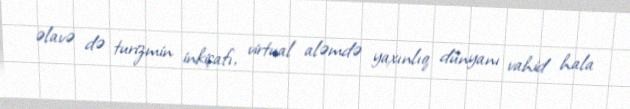
əlavə də turizmin inkişafı, virtual aləmdə yaxınlıq dünyanı vahid hala